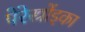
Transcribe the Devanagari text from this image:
पेरेस्त्रोंइका